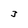
Character: 3